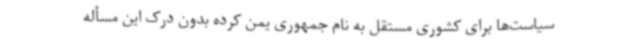
سیاست‌ها برای کشوری مستقل به نام جمهوری یمن کرده بدون درک این مسأله